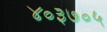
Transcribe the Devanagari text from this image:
४०३७०५